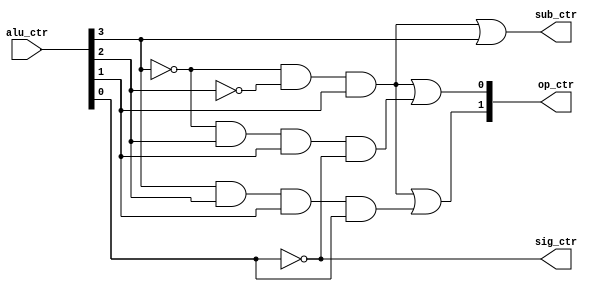
`timescale 1ns / 1ps
//////////////////////////////////////////////////////////////////////////////////
// Company: 
// Engineer: 
// 
// Design Name: 
// Module Name: alu_ctr
// Project Name: 
// Target Devices: 
// Tool Versions: 
// Description: 
// 
// Dependencies: 
// 
// Revision:
// Revision 0.01 - File Created
// Additional Comments:
// 
//////////////////////////////////////////////////////////////////////////////////


module alu_ctr(
    input[3:0]    alu_ctr,
    
    output reg        sub_ctr,
    output reg        sig_ctr,
    output reg [1:0]  op_ctr
    );

    always @ (*) begin

        sub_ctr <= (~alu_ctr[3] & ~alu_ctr[2] & alu_ctr[1] | alu_ctr[3]);
        sig_ctr <= ~alu_ctr[0];
        op_ctr  <= {(~alu_ctr[3] & ~alu_ctr[2] & alu_ctr[1]) | (alu_ctr[3] & alu_ctr[2] & alu_ctr[1] & alu_ctr[0]),
                    (~alu_ctr[3] & ~alu_ctr[2] & alu_ctr[1]) | (~alu_ctr[3] & alu_ctr[2] & alu_ctr[1] & ~alu_ctr[0])};
    
    end    

endmodule